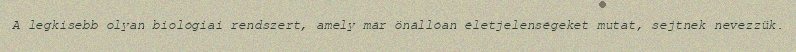
A legkisebb olyan biológiai rendszert, amely már önállóan életjelenségeket mutat, sejtnek nevezzük.